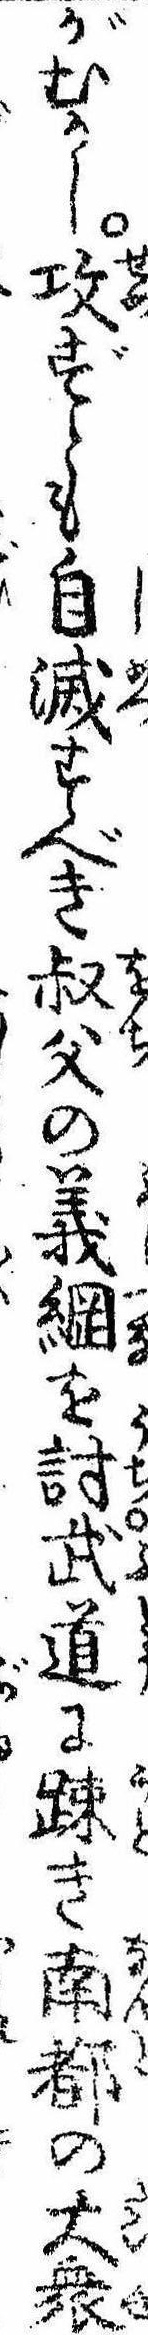
がむかし攻ずとも自滅すべき叔父の義綱を討武道に疎き南都の大衆